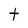
Character: t